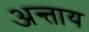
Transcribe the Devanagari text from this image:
अन्ताय